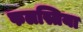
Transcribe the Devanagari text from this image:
फलस्तिया